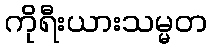
ကိုရီးယားသမ္မတ